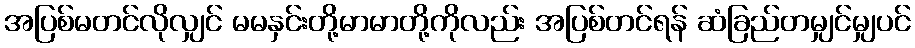
အပြစ်မတင်လိုလျှင် မမနှင်းတို့မာမာတို့ကိုလည်း အပြစ်တင်ရန် ဆံခြည်တမျှင်မျှပင်